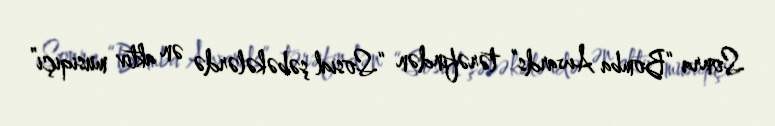
Sonra “Bomba Awards” tərəfindən “Sosial şəbəkələrdə ən aktiv musiqiçi”